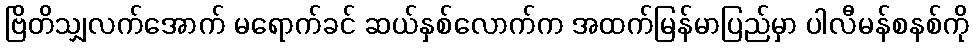
ဗြိတိသျှလက်အောက် မရောက်ခင် ဆယ်နှစ်လောက်က အထက်မြန်မာပြည်မှာ ပါလီမန်စနစ်ကို